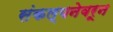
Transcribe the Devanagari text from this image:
संकल्पनेवरून